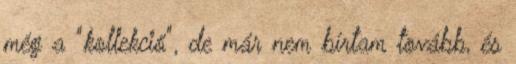
még a "kollekció", de már nem bírtam tovább, és